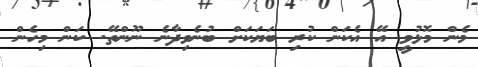
މެން މޮޅުވީ އޭ އެކަން ކުރި ބަޔަކަށް ބުނެވިދާނެ ނޫންތޭ. ކަން މިހެން